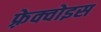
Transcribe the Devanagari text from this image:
फ़्रेक्वोइस